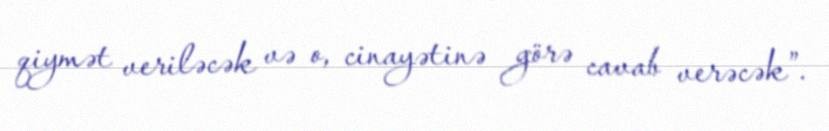
qiymət veriləcək və o, cinayətinə görə cavab verəcək”.